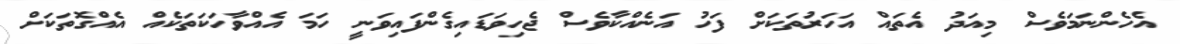
އެހެންނަމަވެސް މިއަދު އެތައް އަހަރުތަކަށް ފަހު އަނެއްކާވެސް ޖެހިވަޑައިގެންފައިވަނީ ހަމަ އެއްވާހަކަތަކެއް އެއްގޮތަކަށް